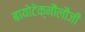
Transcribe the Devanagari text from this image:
बायोटेक्नौलौजी